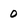
Character: 0